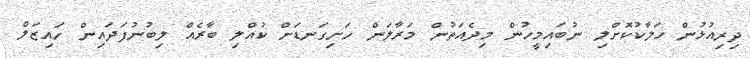
ދިރިއުޅުން ހަލާކުކޮށްލި ނުބައިމީހުން މިދެއަތުން މަރާލަން ހަށިގަނޑަށް ކުއްލި ބާރެއް ލިބުނުފަދައިން ހައިޒަލް